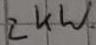
Text: 2kW